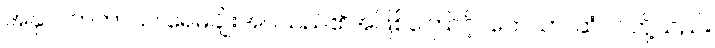
အနှာပိတတာယ၊ ရေမချိုးအပ်သည်၏အဖြစ်ကြောင့်။ ကေသာ၊ ဆံပင်တို့သည်။